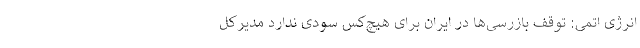
انرژی اتمی: توقف بازرسی‌ها در ایران برای هیچ‌کس سودی ندارد مدیرکل